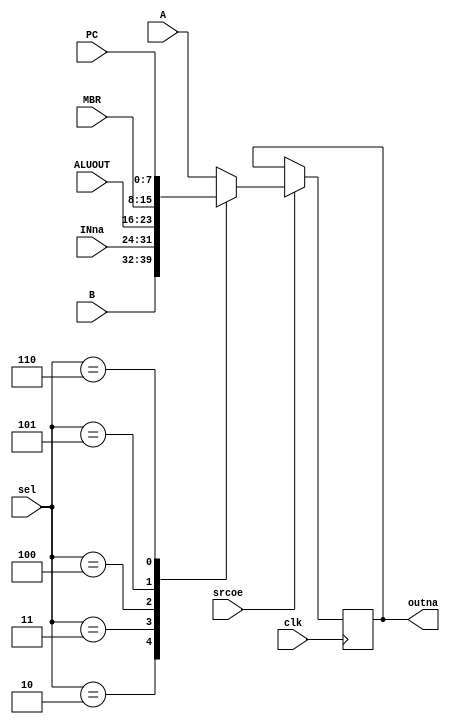
//////////////////////////////////////////////////////////////////////////////////
// Company: 
// Engineer: 
// 
// Design Name: 
// Module Name: sourcemux
// Project Name: 
// Target Devices: 
// Tool Versions: 
// Description: 
// 
// Dependencies: 
// 
// Revision:
// Revision 0.01 - File Created
// Additional Comments:
// 
//////////////////////////////////////////////////////////////////////////////////


module sourcemux(input wire [7:0] A,
                 input wire [7:0] B,
                 input wire [7:0] INna,
                 input wire [7:0] ALUOUT,
                 input wire [7:0] MBR,
                 input wire [7:0] PC,
                 input wire [2:0] sel,
                 input wire clk,
                 output reg [7:0] outna,
                 input wire srcoe
                 );


always@(posedge clk)
begin 
    if(srcoe) 
        begin
        case(sel)
                3'h1: 
                outna=A;
                3'h2: 
                outna=B;
                3'h3: 
                outna=INna;
                3'h4:
                outna=ALUOUT;
                3'h5:
                outna=MBR;
                3'h6:
                outna=PC;
                default: outna=A;
        endcase
     end
end

endmodule